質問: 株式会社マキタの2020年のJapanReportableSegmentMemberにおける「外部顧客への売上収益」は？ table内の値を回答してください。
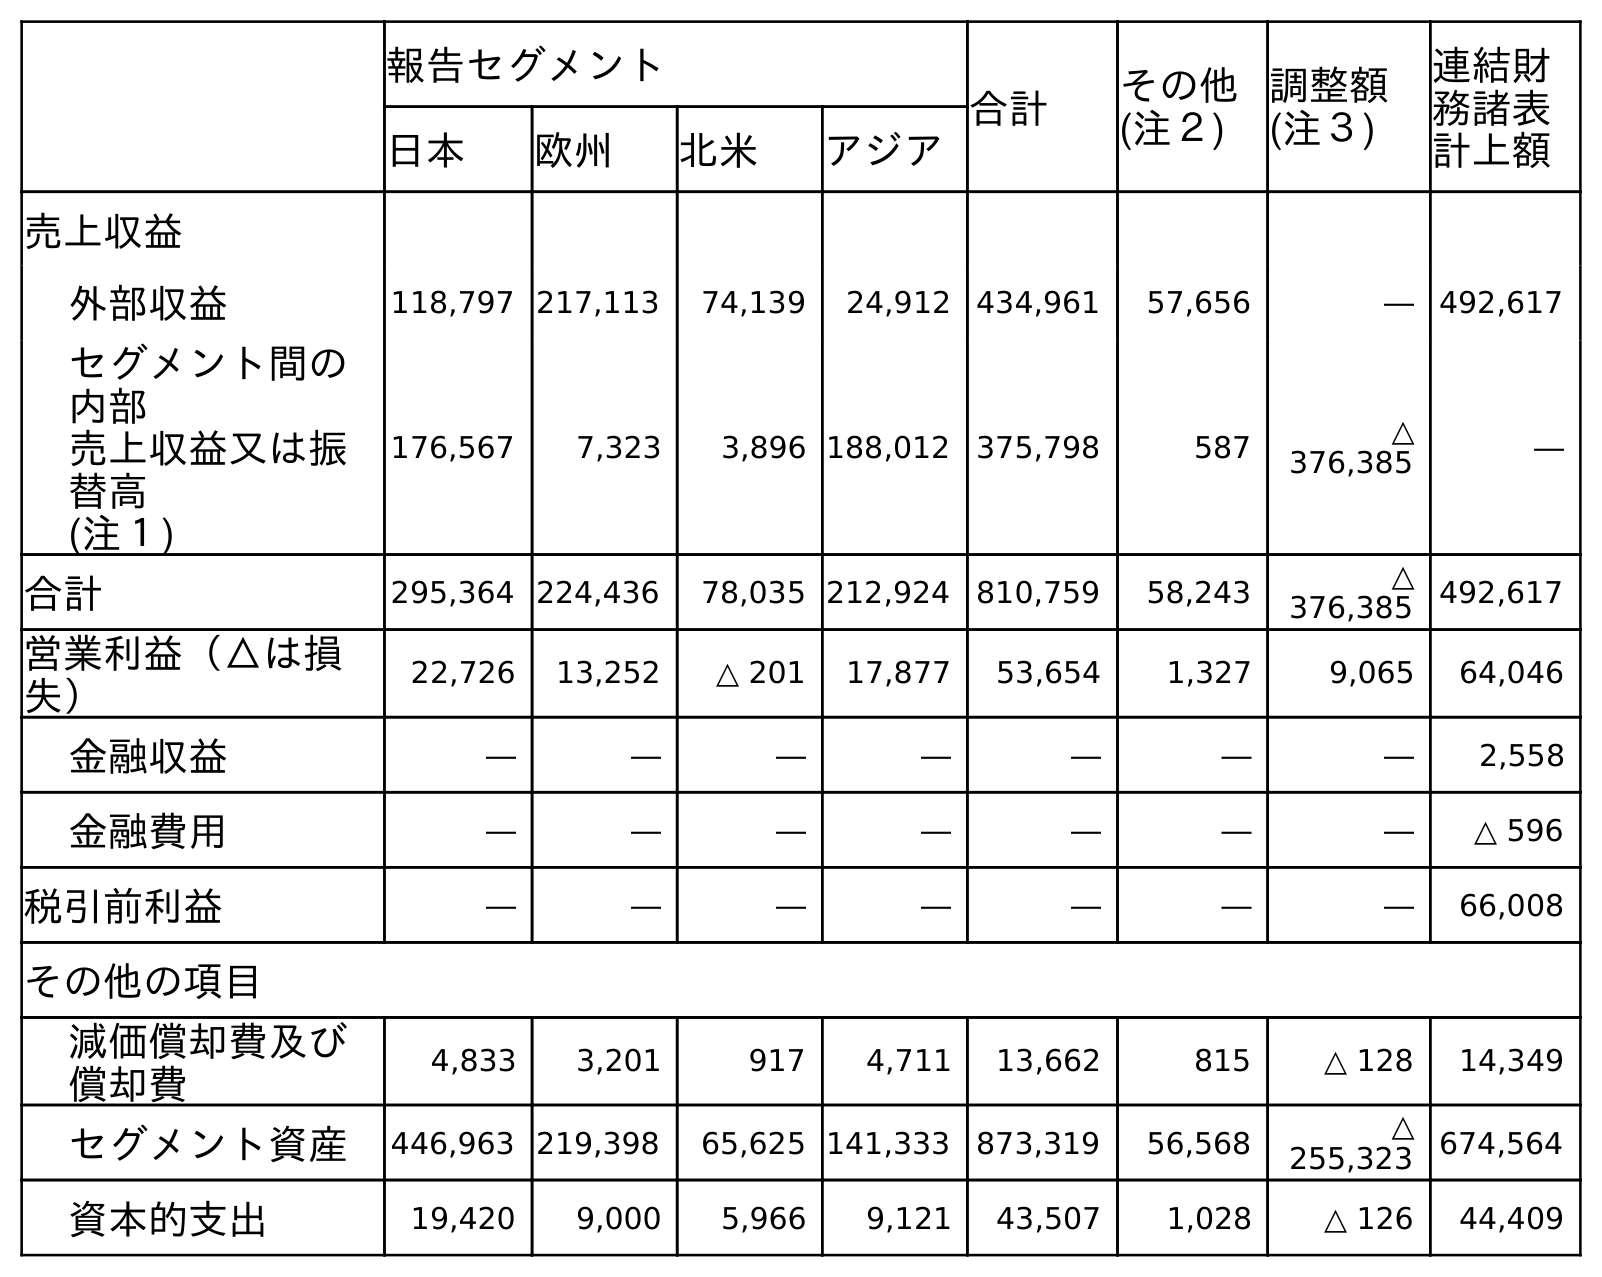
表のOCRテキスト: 報告セグメント 合計 その他 (注２) 調整額 (注３) 連結財 務諸表 計上額 日本 欧州 北米 アジア 売上収益 外部収益 118,797 217,113 74,139 24,912 434,961 57,656 ― 492,617 セグメント間の 内部 売上収益又は振 替高 (注１) 176,567 7,323 3,896 188,012 375,798 587 △ 376,385 ― 合計 295,364 224,436 78,035 212,924 810,759 58,243 △ 376,385 492,617 営業利益（△は損 失） 22,726 13,252 △ 201 17,877 53,654 1,327 9,065 64,046 金融収益 ― ― ― ― ― ― ― 2,558 金融費用 ― ― ― ― ― ― ― △ 596 税引前利益 ― ― ― ― ― ― ― 66,008 その他の項目 減価償却費及び 償却費 4,833 3,201 917 4,711 13,662 815 △ 128 14,349 セグメント資産 446,963 219,398 65,625 141,333 873,319 56,568 △ 255,323 674,564 資本的支出 19,420 9,000 5,966 9,121 43,507 1,028 △ 126 44,409
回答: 118,797